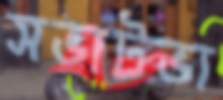
সভাটভা